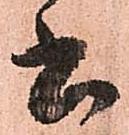
書